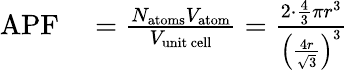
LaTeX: \begin{array}{rl}{\mathrm{APF}}&{{}={\frac{N_{\mathrm{atoms}}V_{\mathrm{atom}}}{V_{\mathrm{unit~cell}}}}={\frac{2\cdot{\frac{4}{3}}\pi r^{3}}{\left({\frac{4r}{\sqrt{3}}}\right)^{3}}}}\end{array}